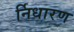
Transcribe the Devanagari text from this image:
र्निधारण